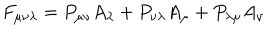
F _ { \mu \nu \lambda } = P _ { \mu \nu } A _ { \lambda } + P _ { \nu \lambda } A _ { \mu } + P _ { \lambda \mu } A _ { \nu }